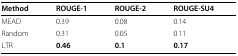
| Method | ROUGE-1 | ROUGE-2 | ROUGE-SU4 |
 | --- | --- | --- | --- |
 | MEAD | 0.39 | 0.08 | 0.14 |
 | Random | 0.31 | 0.05 | 0.11 |
 | LTR | 0.46 | 0.1 | 0.17 |